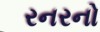
રનરનો